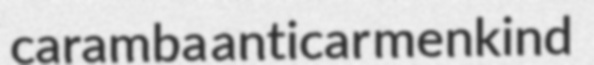
caramba anticar menkind